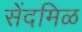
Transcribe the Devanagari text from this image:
सेंदमिळ